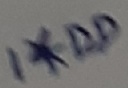
Text: 1*DD